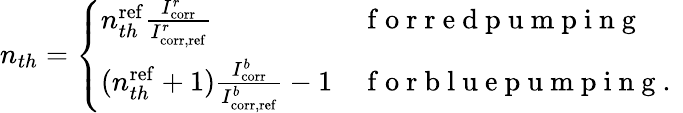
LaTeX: \begin{array}{r}{n_{th}=\left\{ \begin{array}{ll}{n_{th}^{\mathrm{ref}}\frac{I_{\mathrm{corr}}^{r}}{I_{\mathrm{corr,ref}}^{r}}}&{\mathrm{~f~o~r~r~e~d~p~u~m~p~i~n~g~}}\\ {(n_{th}^{\mathrm{ref}}+1)\frac{I_{\mathrm{corr}}^{b}}{I_{\mathrm{corr,ref}}^{b}}-1}&{\mathrm{~f~o~r~b~l~u~e~p~u~m~p~i~n~g~.~}}\end{array}\right.}\end{array}